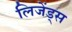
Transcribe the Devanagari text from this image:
लिजेंड्स